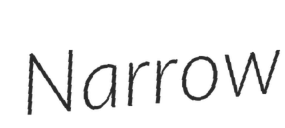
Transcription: Narrow